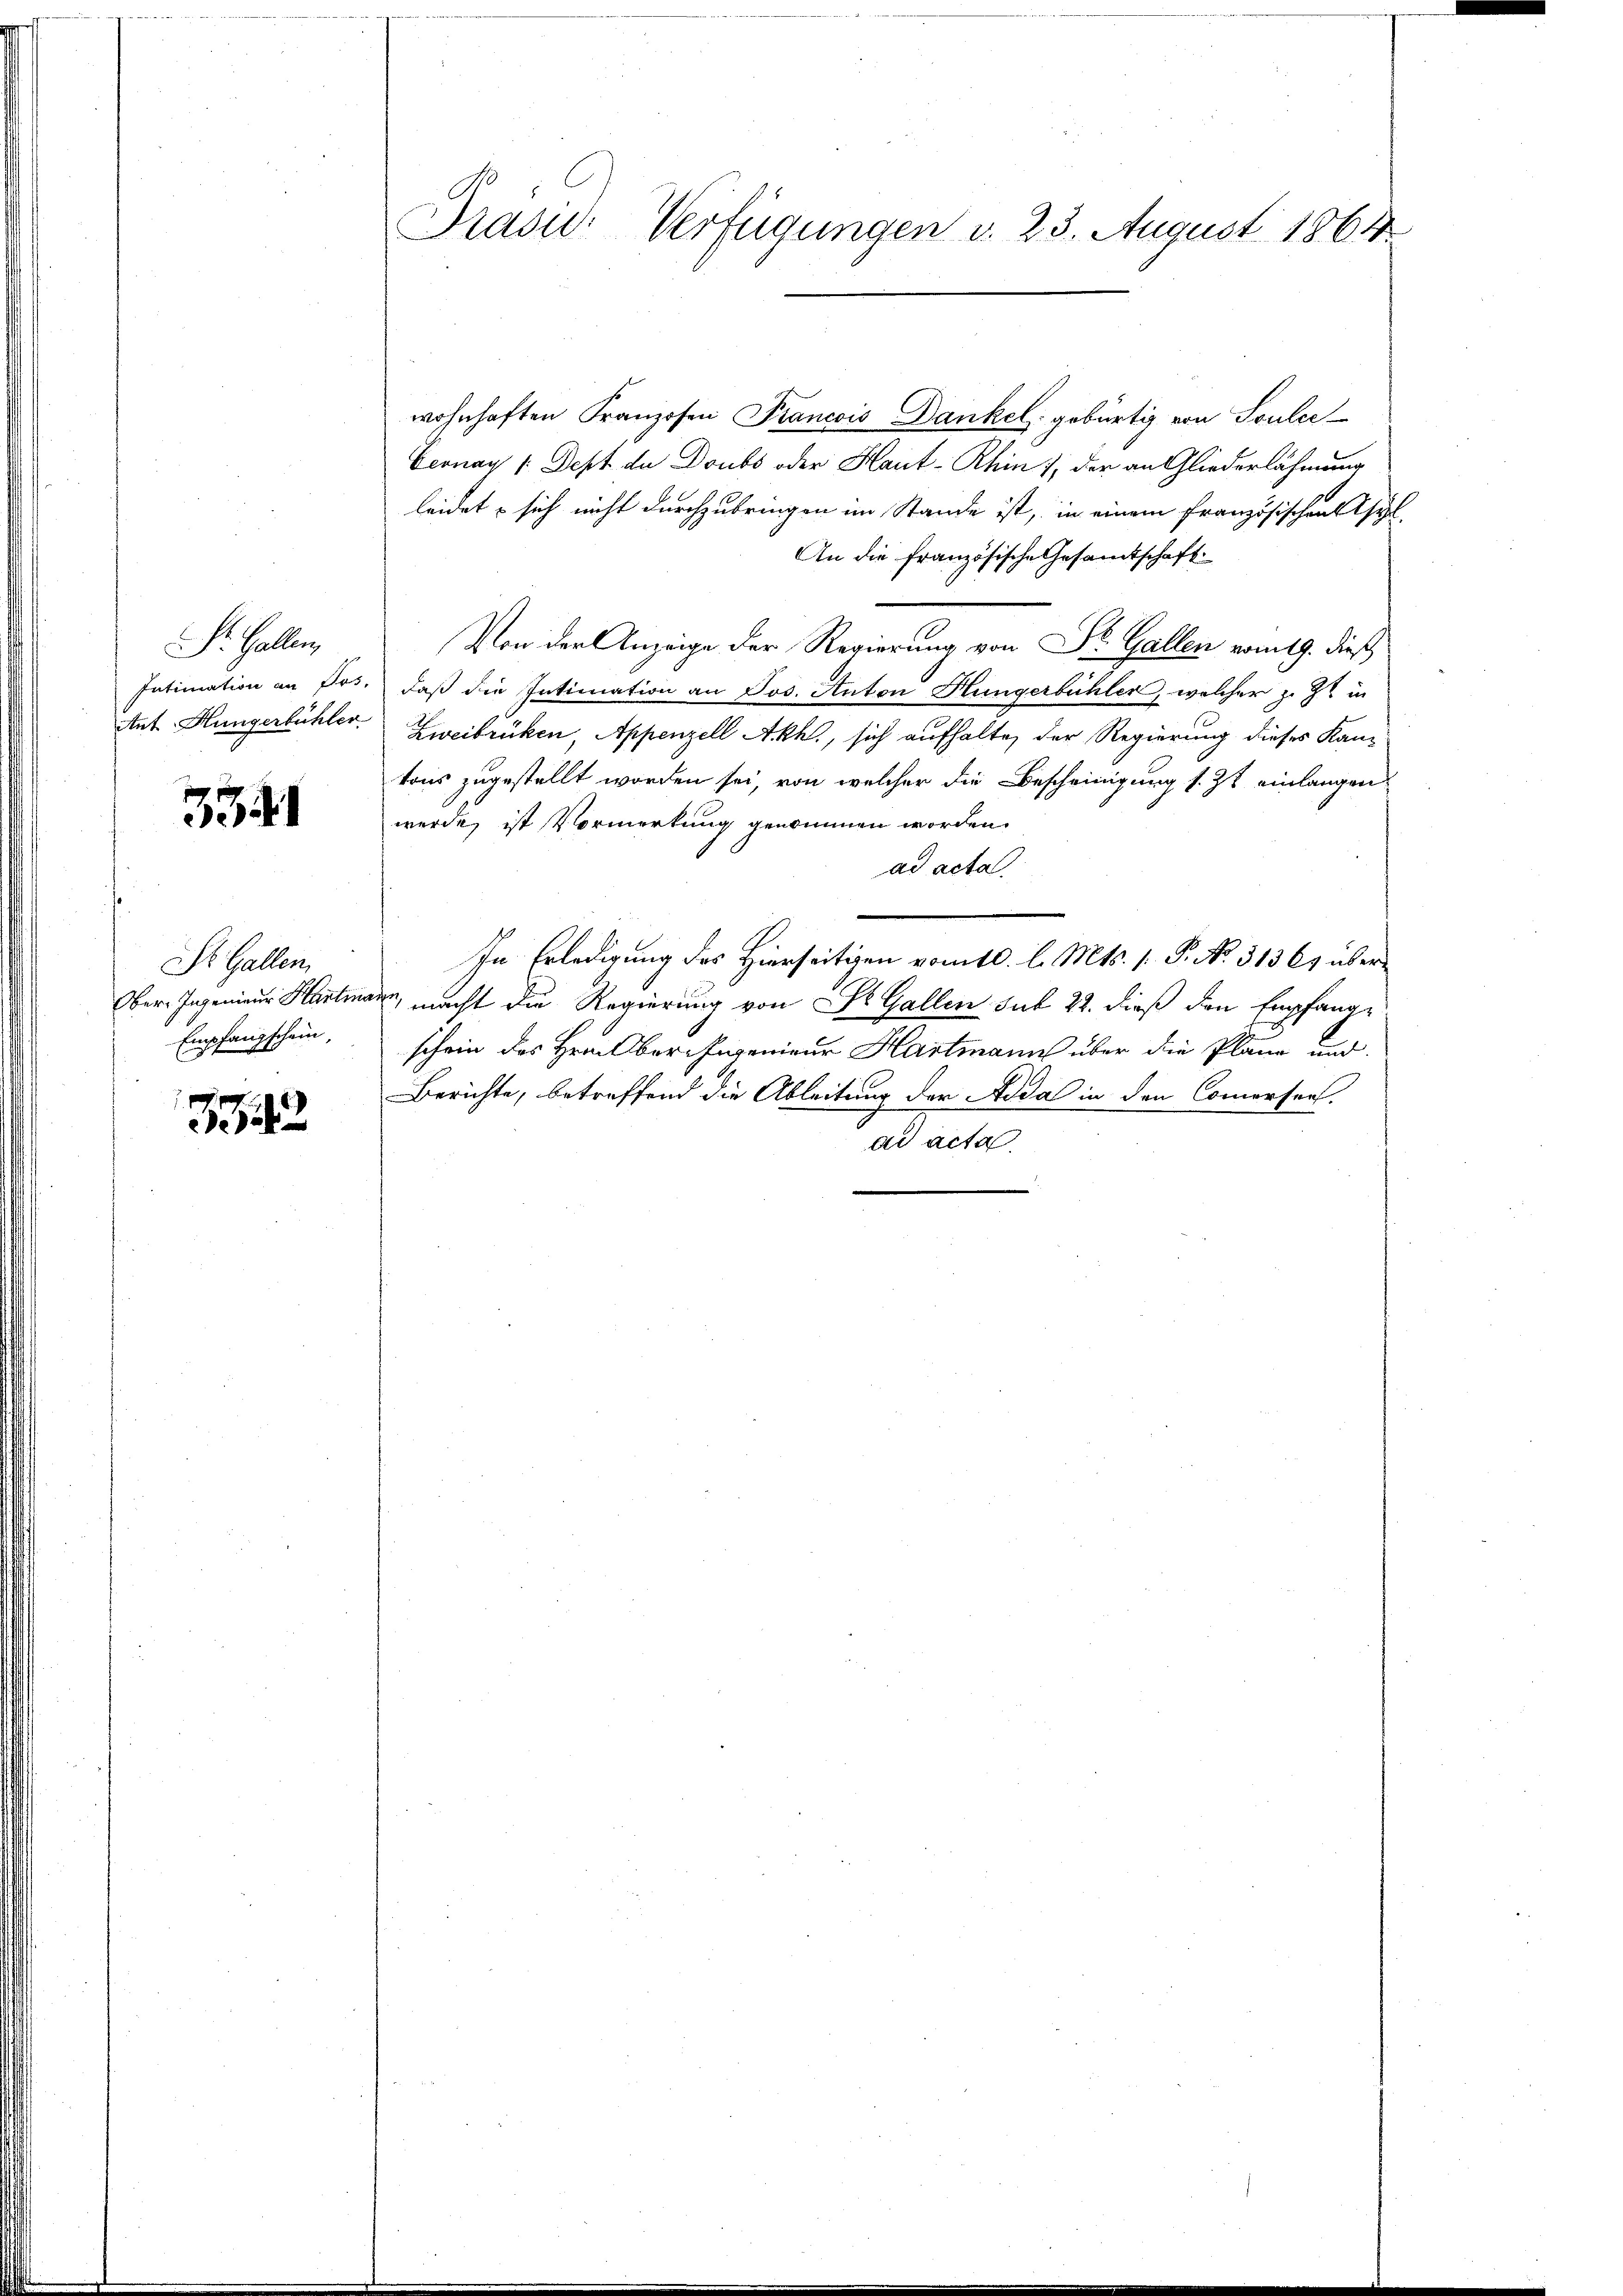
Str. Gallen,
Intimation an Jos.
Ant Hungerbühler

3341

St. Gallen
Ober-Ingenieur Hartin
Empfangschein,

772

Präsid.: Verfügungen d. 23. August 1864

wohnhaften Franzosen Prancois Dankel gebürtig von Soulec
Eeonay /: Dest de Doubs oder Haut-Rhin 1, der an Gliederlähmung
leidet sich nicht durchzubringen im Stande ist, in einem Französischens Thäl
An die französische Gesamtschaft
Von der Anzeige der Regierung von Dr. Gallen vom 19. dieß
daß die Intimation an Jos. Anton Hungerbühler, welcher z. Z. in
Zweibrücken, Appenzell Akh., sich aufhalte, der Regierung dieses Kantons zugestellt worden sei, von welcher die Bescheinigung s. Zt. einlangen
werde, ist Vormerkung genommen worden.
ad acta
In Erledigung des Hierseitigen vom 10. l. Mts. s. P. N. 31369 über
, macht die Regierung von Dr. Gallen sub 22. dieß den Empfangschein des Hrn. Ober-Ingenieur Hartmann über die Pläne und
Berichte, betreffend die Ableitung der Aida in den Comersen.
ad acta